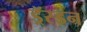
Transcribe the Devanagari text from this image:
ड्रॅस्डन